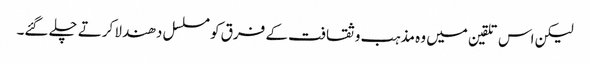
لیکن اس تلقین میں وہ مذہب و ثقافت کے فرق کو مسلسل دھندلا کرتے چلے گئے۔